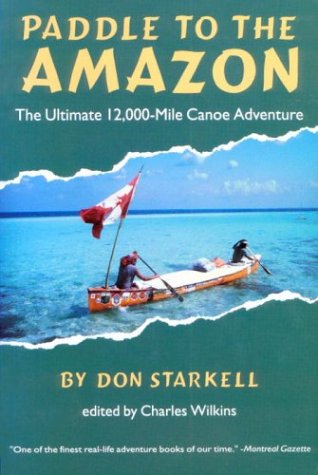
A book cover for Paddle to the Amazon: The Ultimate 12,000-Mile Canoe Adventure; Don Starkell; Travel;